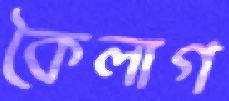
কৈলাগ